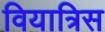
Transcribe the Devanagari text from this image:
वियात्रिस